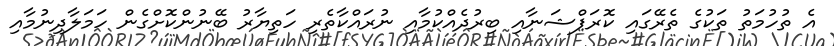
އެ ތުހުމަތު ތަކުގެ ތެރޭގައި ކޮރަޕްޝަނާއި ބިރުދެއްކުމާއި ނުރައްކާތެރި ހަތިޔާރު ބޭނުންކޮށްގެން ހަމަލާދިނުމާއި